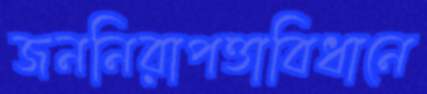
জননিরাপত্তাবিধানে